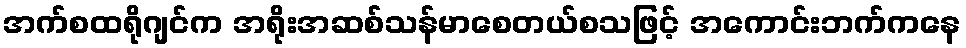
အက်စထရိုဂျင်က အရိုးအဆစ်သန်မာစေတယ်စသဖြင့် အကောင်းဘက်ကနေ